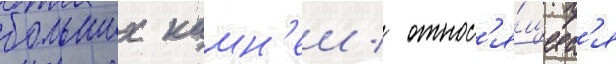
больших камн'еи / относ'я́щиес'я